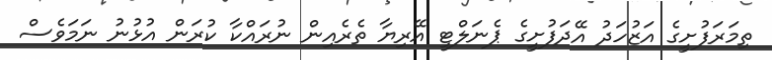
ތިމަރަފުށީގެ އަޒުހަދު އޭދަފުށީގެ ޕެނަލްޓީ އޭރިޔާ ތެރެއިން ނުރައްކާ ކުރަން އުޅުނު ނަމަވެސް